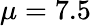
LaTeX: \mu=7.5